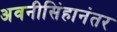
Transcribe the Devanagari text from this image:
अवनीसिंहानंतर